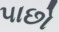
૫ાછો